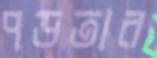
পড়তার